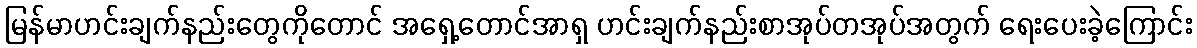
မြန်မာဟင်းချက်နည်းတွေကိုတောင် အရှေ့တောင်အာရှ ဟင်းချက်နည်းစာအုပ်တအုပ်အတွက် ရေးပေးခဲ့ကြောင်း